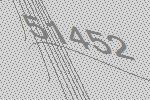
51452